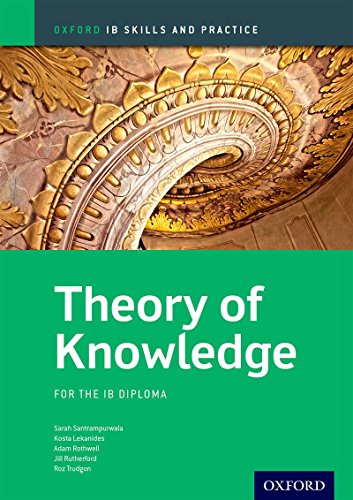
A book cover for IB Theory of Knowledge Skills and Practice: Oxford IB Diploma Program; Jill Rutherford; Politics & Social Sciences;